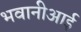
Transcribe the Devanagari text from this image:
भवानीआई